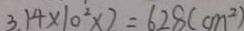
3 . 1 4 \times 1 0 ^ { 2 } \times 2 = 6 2 8 ( c m ^ { 2 } )